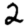
Digit: 2